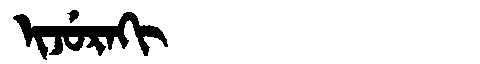
Manchu: ᡳᠵᡠᡵᠠᡴᡳ
Romanization: IJURAKI